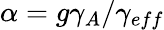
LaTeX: \alpha=g\gamma_{A}/\gamma_{eff}